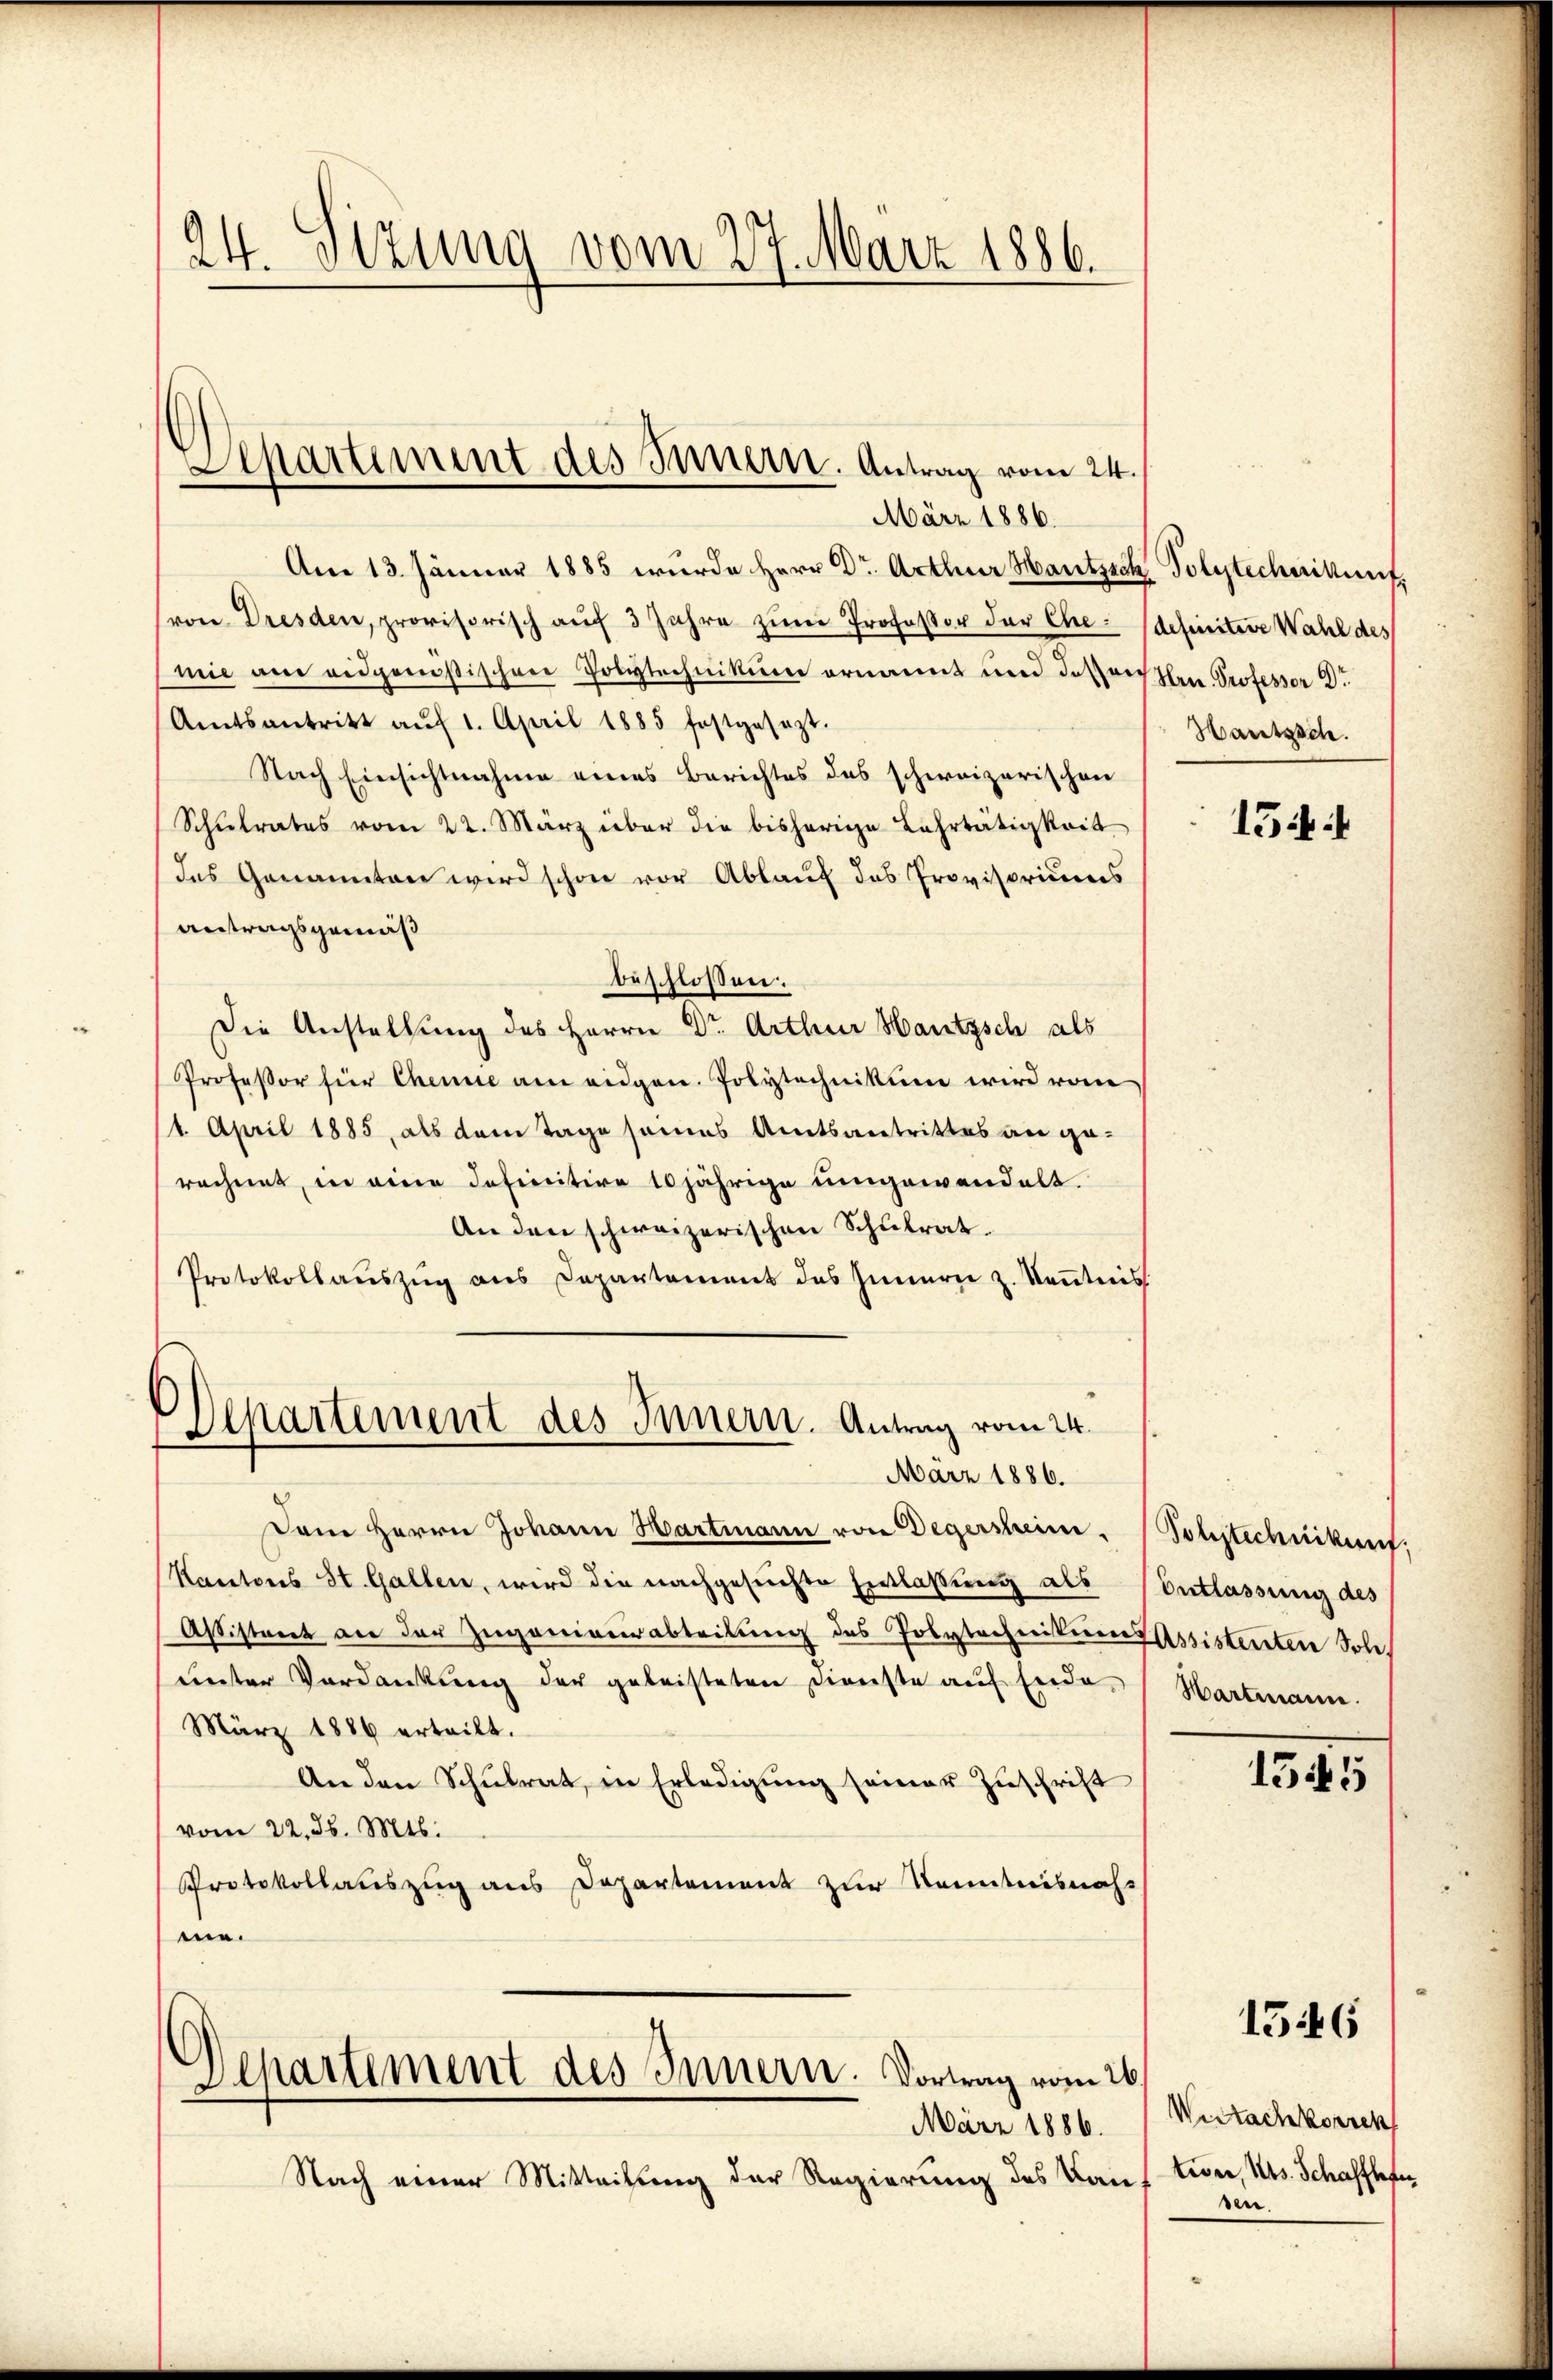
24. Sitzung vom 27. März 1886.

Separtiment des Innern. Antrag vom 24.

März 1886.
Am 13. Jänner 1885 wurde Herr Dr. Arthur Hautzsch
(von Dresden, provisorisch aŭf 3 Jahre zŭm Professor der Ehe definitive Wahl des
mie am eidgenößischen Polytechnikum ernannt und dassenen Professor D.
Amtsantritt aŭf 1. April 1885 festgesezt.
Nach Einsichtnahme eines Berichtes des schweizerischen
Schulrates vom 22. März über die bisherige Lehrtätigkeit
das Genannten wird schon vor Ablauf das Provisoriums
Antragsgemäß
beschlossen:
Die Anstellung des Herrn Dr. Arthur Hautzsch als
Professor für Chemie am eidgen. Polytechnikum wird vom
11. April 1885, als dem Tage seines Amtsantrittes an ge-
rechnet, in eine definitive 10jährige umgewandelt.
Anden schweizerischen Schulrat.
Protokollauszug aus Departement des Innern z. Keṅtnis
Departement des Innern. Antrag vom 24.
März 1886.
Dem Herrn Johann Hartmann von Degersheim. Polstechnikunf
Kantons St. Gallen, wird die nachgesuchte Entlaßung als Contlassung des
Aßisteret an der Zuganiverabteilung des Polytechniker Kassistenten Sole
unter Verdankŭng der geleisteten Dienste aŭf Ende,
März 1886 erteilt.
An den Schulrat, in Erledigung seiner Zuschrift
vom 22. d. Mts.
Protokollauszug aus Departement zur Kenntnisnahme.

Departement des Innern. Vortrag vom 26.
März 1886.

Nach einer Mitteilung der Regierung des Bau¬

Polytechnikung.
Hautzsch

154

Hartmann.

1545

1546

Uutachkorrek
tion, s. Schafftfer
ve.